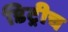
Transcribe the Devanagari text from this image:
डिट्रीच